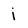
Character: j